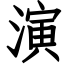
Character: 演